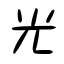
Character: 光